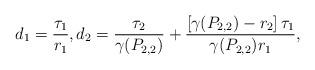
LaTeX: \begin{align*} d_1=\frac{\tau_1}{r_1},d_2=\frac{\tau_2}{\gamma(P_{2,2})}+\frac{\left[\gamma(P_{2,2})-r_2\right]\tau_1}{\gamma(P_{2,2})r_1},\end{align*}